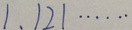
1 , 1 2 1 \cdots